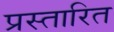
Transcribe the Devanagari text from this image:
प्रस्तारित